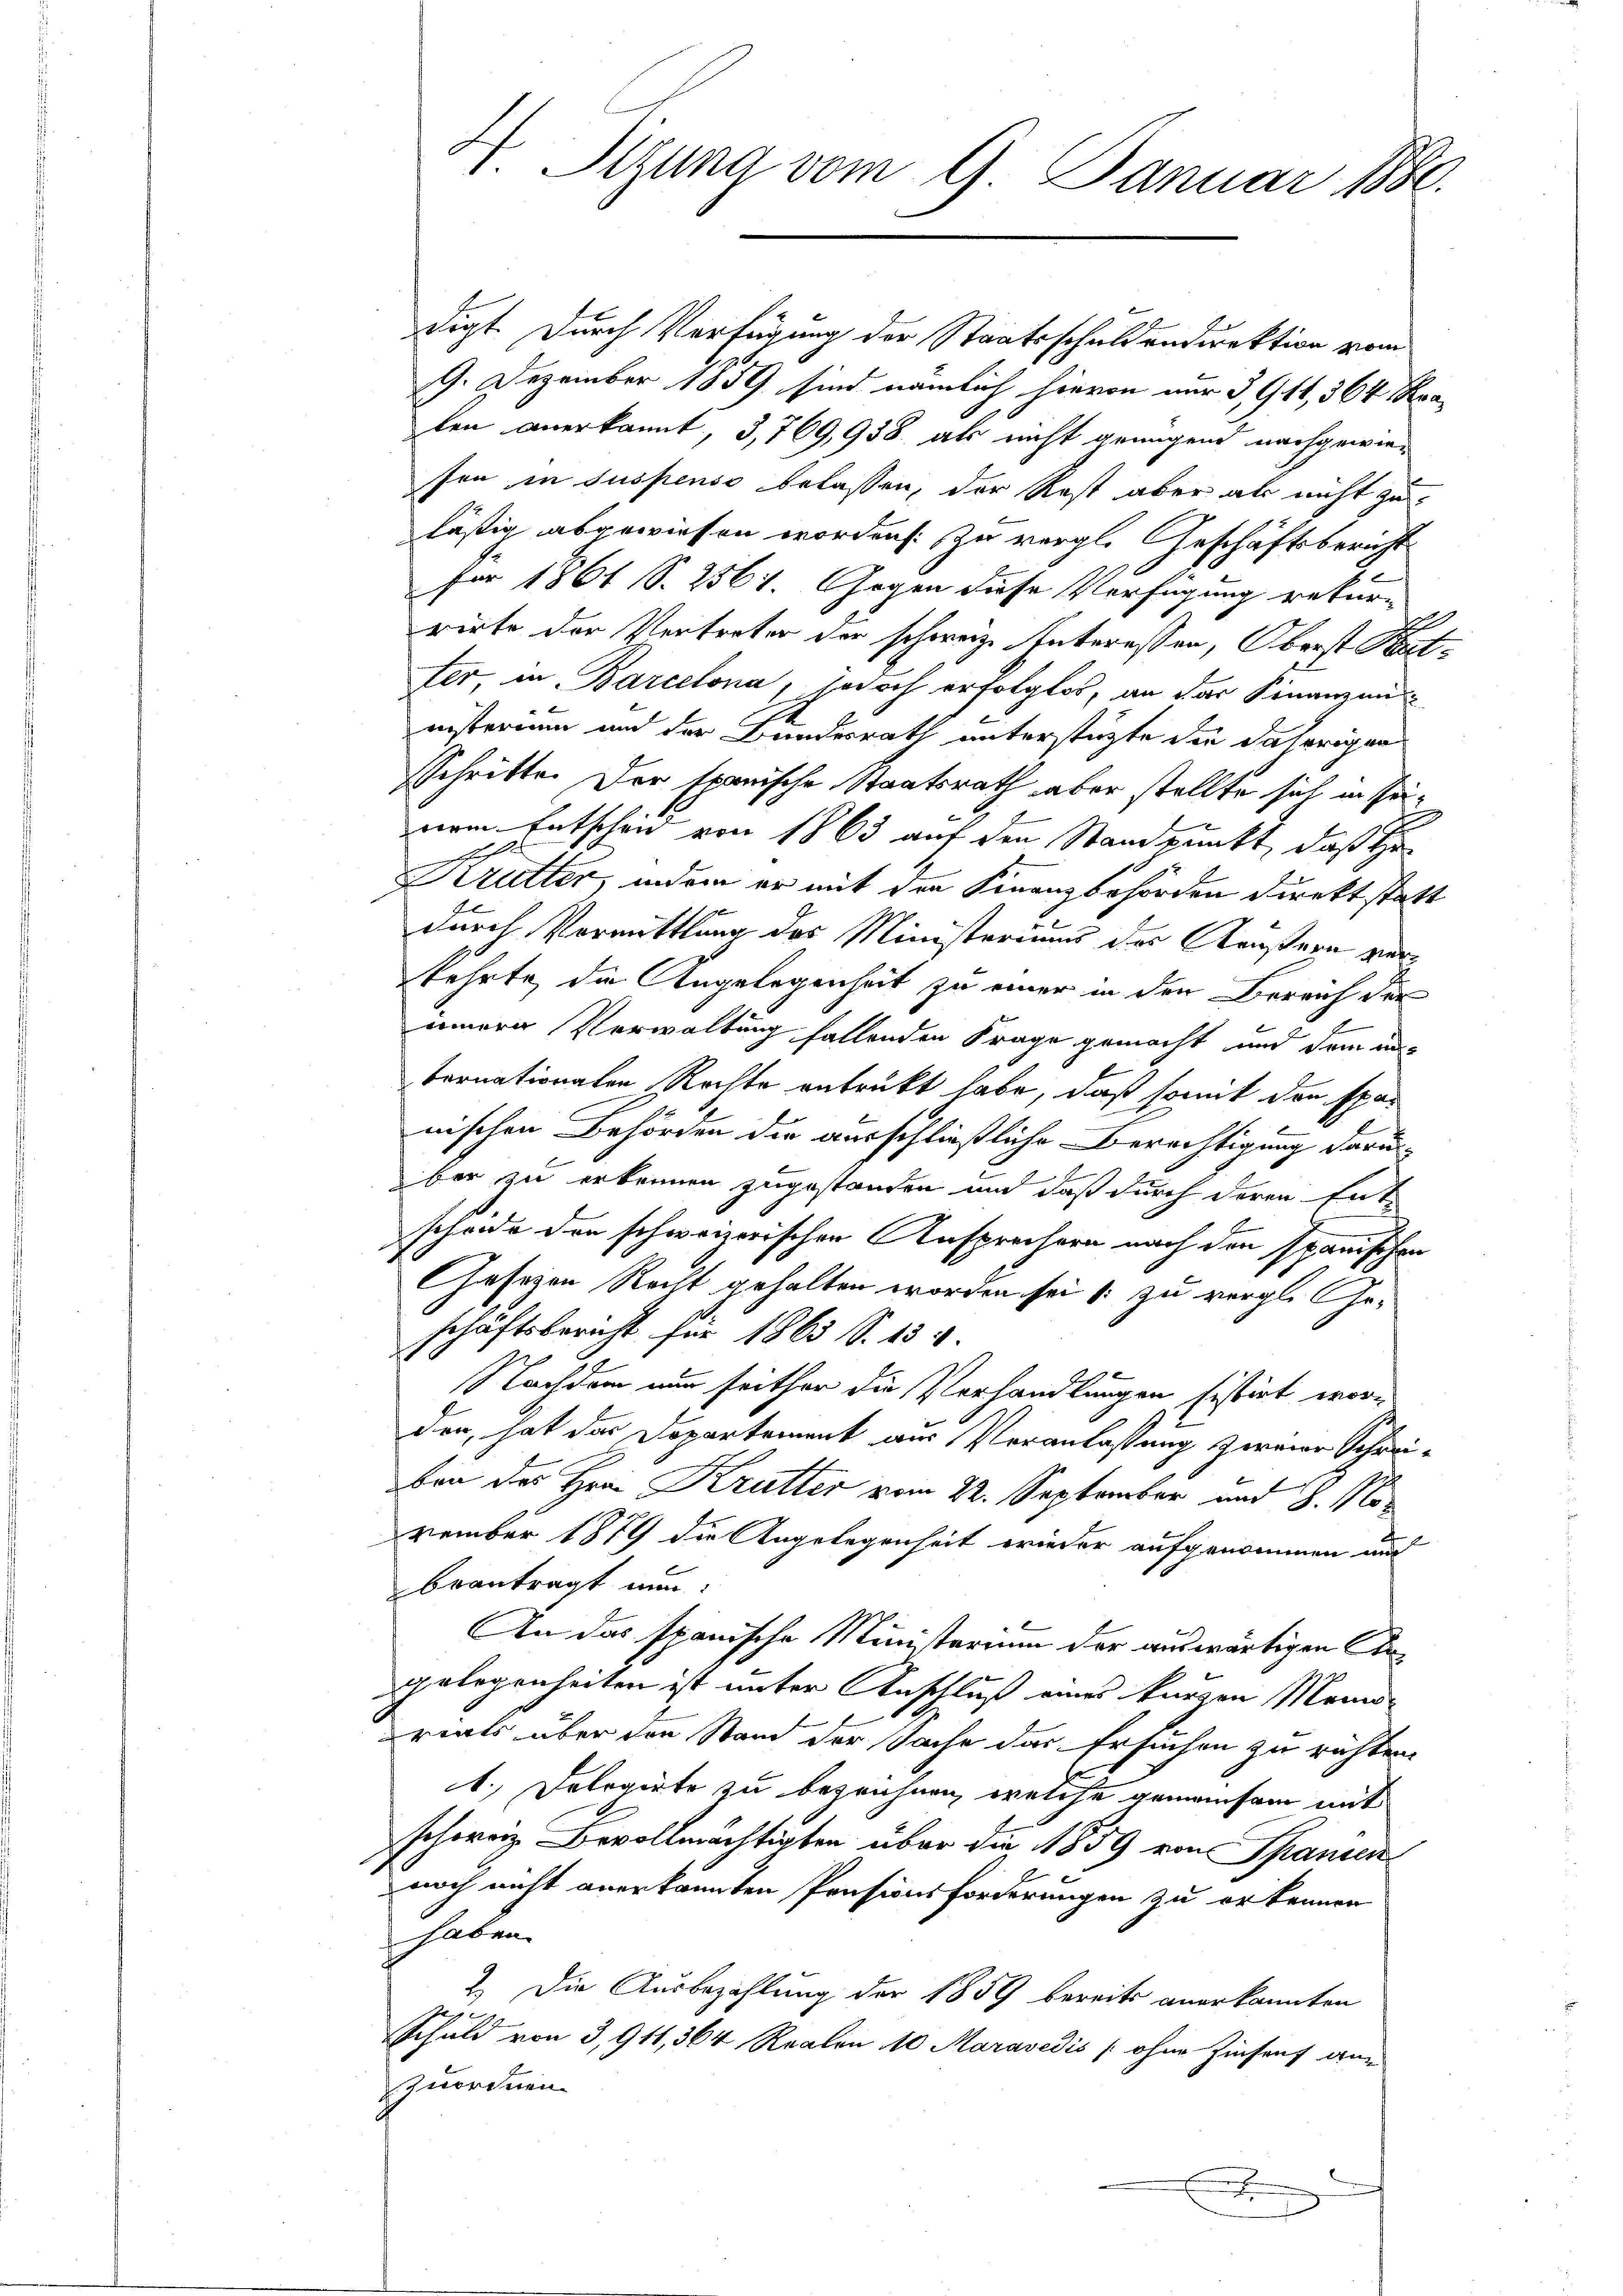
digt. Durch Verfügung der Staatsschuldendirektion vom
9. Dezember 1859 sind nämlich hievon nur 3,911, 364 Rpalen anerkannt, 3,769,938 als nicht genügend nachgewie-
sen in suspenso belassen, der Rest aber als nicht zu
läßig abgewiesen worden. Zu vergl. Geschäftsbericht
für 1861 S. 2561. Gegen diese Verfügung rekur-
x
rirte der Vertreter der schweiz. Interessen, Oberst Batter in Barcelona, jedoch erfolgtes, an das Finanzennisternen und der Bundesrath unterstützte die daherigen
sschritte. Der spanische Staatsrath aber stellte sich in seinem Entscheid von 1863 auf den Standpunkt, daß Hr
thelf
Krutter, indem er mit den Finanzbehörden direkt statt
durch Vermittlung des Ministerium der Krustern vor
kehrte, die Angelegenheit zu einer in den Bereich der
innere Verwaltung fallenden Frage gemacht und dem aus
ternationalen Rechte antrückt habe, daß somit den spar
nischen Behörden die ausschließliche Berechtigung darun
e
ber zu erkennen zugestanden und daß durch deren Ent-
scheide der schweizerischen Ansprechern nach den spanischen
Gesetzen Recht gehalten worden sei 1 zu vergl. Geschäftsbericht für 1865 S. 13
Nachdem nun seither die Verhandlungen sistirt wor¬
.
den, hat das Departement aus Veranlassung zweier Schreiben des Hrn. Krutter vom 22. September und 8. November 1879 die Angelegenheit wieder aufgenommen und
beantragt nun:
An das spanische Ministerium der auswärtigen Cangelegenheiten ist unter Anschluß eines kurzen Mennriats über den Stand der Sache das Ersuchen zu richten.
1. Delegirte zu bezeichnen, welche gemeinsam mit
schweiz Bevollmächtigten über die 1859 von Spanienz
noch nicht anerkannten Pensionsforderungen zu erkennen
 haben
2. Die Ausbezahlung der 1859 bereits anerkannten

Schuld von 3,911, 364 Realen 10 Maravedis / ohne Zinsent ane
zuordnen.
x

1. Sizung vom 9. Januar 1880.